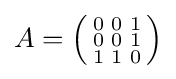
A=\left({\begin{smallmatrix}0&0&1\\0&0&1\\1&1&0\end{smallmatrix}}\right)